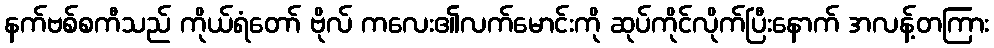
နက်ဗစ်စကီသည် ကိုယ်ရံတော် ဗိုလ် ကလေး၏လက်မောင်းကို ဆုပ်ကိုင်လိုက်ပြီးနောက် အလန့်တကြား